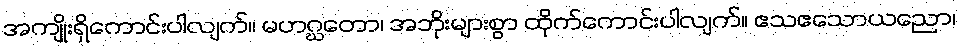
အကျိုးရှိကောင်းပါလျက်။ မဟဂ္ဃတော၊ အဘိုးများစွာ ထိုက်ကောင်းပါလျက်။ ဧသဧသောယညော၊